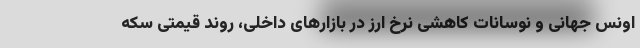
اونس جهانی و نوسانات کاهشی نرخ ارز در بازارهای داخلی، روند قیمتی سکه